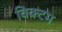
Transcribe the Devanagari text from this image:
विक्टम